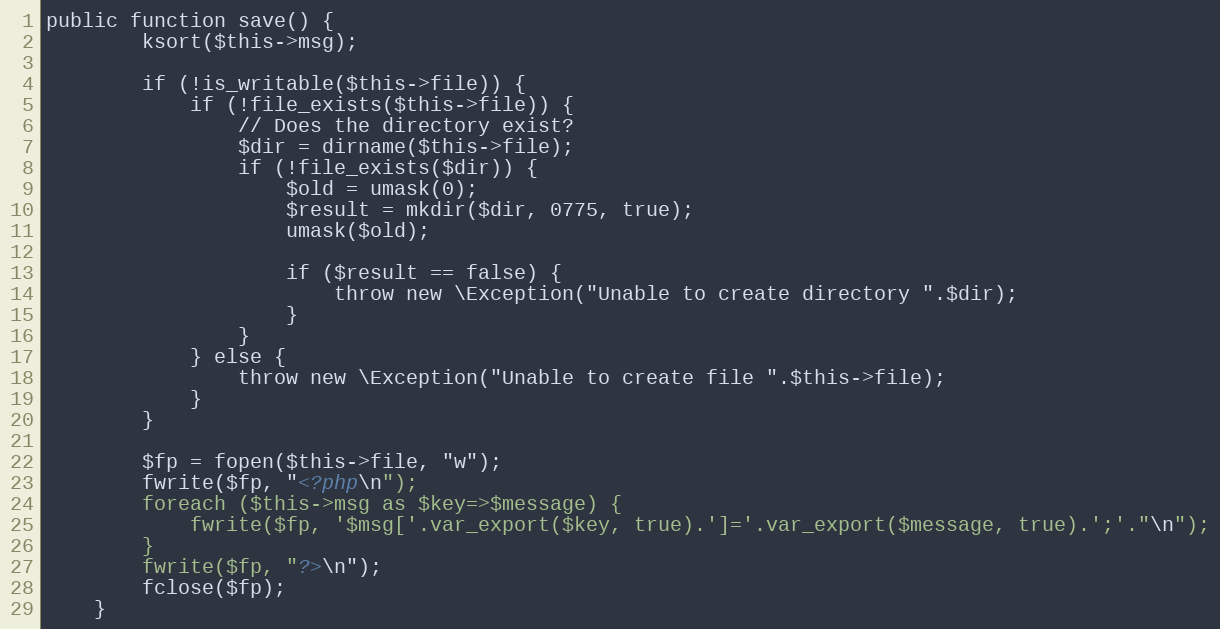
Language: PHP
public function save() {
		ksort($this->msg);

		if (!is_writable($this->file)) {
			if (!file_exists($this->file)) {
				// Does the directory exist?
				$dir = dirname($this->file);
				if (!file_exists($dir)) {
					$old = umask(0);
					$result = mkdir($dir, 0775, true);
					umask($old);

					if ($result == false) {
						throw new \Exception("Unable to create directory ".$dir);
					}
				}
			} else {
				throw new \Exception("Unable to create file ".$this->file);
			}
		}

		$fp = fopen($this->file, "w");
		fwrite($fp, "<?php\n");
		foreach ($this->msg as $key=>$message) {
			fwrite($fp, '$msg['.var_export($key, true).']='.var_export($message, true).';'."\n");
		}
		fwrite($fp, "?>\n");
		fclose($fp);
	}